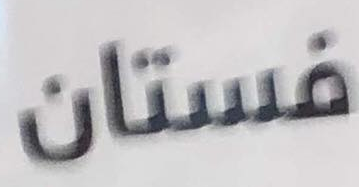
فستان